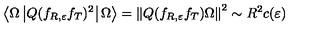
\left\langle \Omega \left| Q ( f _ { R , \varepsilon } f _ { T } ) ^ { 2 } \right| \Omega \right\rangle = \left\| Q ( f _ { R , \varepsilon } f _ { T } ) \Omega \right\| ^ { 2 } \sim R ^ { 2 } c ( \varepsilon )